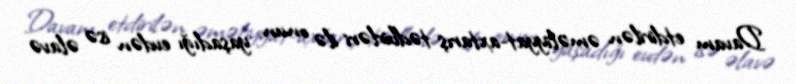
Davam etdirilən əməliyyat-axtarış tədbirləri ilə onun yaşadığı evdən isə əlavə